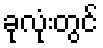
ခုလုံးတွင်